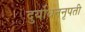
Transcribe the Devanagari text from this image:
दुर्योधननृपती